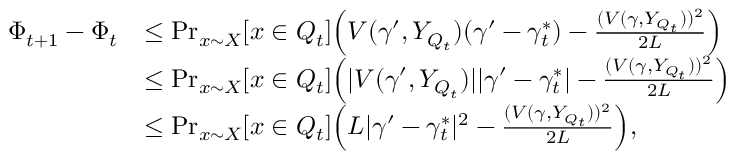
\begin{array} { r l } { \Phi _ { t + 1 } - \Phi _ { t } } & { \leq \operatorname* { P r } _ { x \sim X } [ x \in Q _ { t } ] \Big ( V ( \gamma ^ { \prime } , Y _ { Q _ { t } } ) ( \gamma ^ { \prime } - \gamma _ { t } ^ { * } ) - \frac { ( V ( \gamma , Y _ { Q _ { t } } ) ) ^ { 2 } } { 2 L } \Big ) } \\ & { \leq \operatorname* { P r } _ { x \sim X } [ x \in Q _ { t } ] \Big ( | V ( \gamma ^ { \prime } , Y _ { Q _ { t } } ) | | \gamma ^ { \prime } - \gamma _ { t } ^ { * } | - \frac { ( V ( \gamma , Y _ { Q _ { t } } ) ) ^ { 2 } } { 2 L } \Big ) } \\ & { \leq \operatorname* { P r } _ { x \sim X } [ x \in Q _ { t } ] \Big ( L | \gamma ^ { \prime } - \gamma _ { t } ^ { * } | ^ { 2 } - \frac { ( V ( \gamma , Y _ { Q _ { t } } ) ) ^ { 2 } } { 2 L } \Big ) , } \end{array}